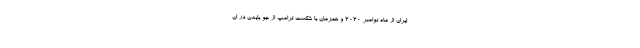
ایران از ماه نوامبر 2020 و همزمان با شکست ترامپ از جو بایدن در ان